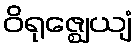
ဝိရုဇ္ဈေယျံ